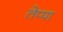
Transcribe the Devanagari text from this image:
तेप्पा